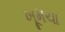
ખૂમચા